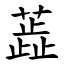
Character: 蕋